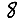
Digit: 8